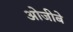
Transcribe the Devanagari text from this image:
ओजीबे